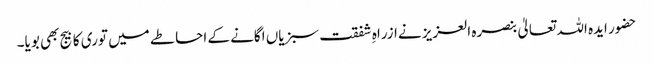
حضور ایدہ اللہ تعالیٰ بنصرہ العزیز نےازراہِ شفقت سبزیاں اگانے کے احاطے میں توری کا بیج بھی بویا۔